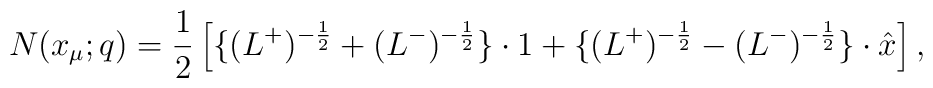
N(x_\mu;q)=\frac{1}{2}\left[\{(L^+)^{-\frac{1}{2}}+(L^-)^{-\frac{1}{2}}\}\cdot 1+\{(L^+)^{-\frac{1}{2}}-(L^-)^{-\frac{1}{2}}\}\cdot\hat x\right],